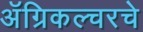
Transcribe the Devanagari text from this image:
अॅग्रिकल्चरचे